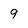
Character: 9